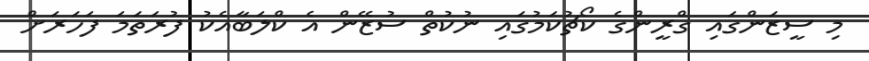
މި ސީޒަންގައި ގްރީންގެ ކޯޗުކަމުގައި ނުކުތް ސުޒޭން އެ ކްލަބާއެކު ފުރަތަމަ ފަހަރަށް